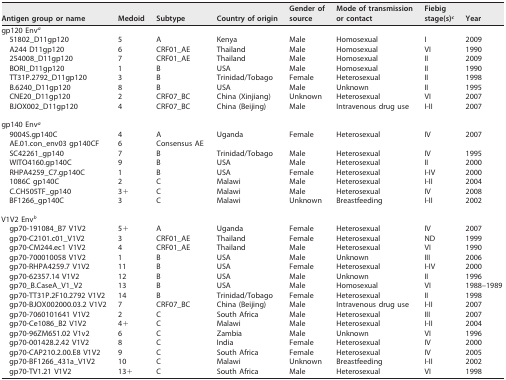
<table><thead><tr><td><b>Antigen group or name</b></td><td><b>Medoid</b></td><td><b>Subtype</b></td><td><b>Country of origin</b></td><td><b>Gender of source</b></td><td><b>Mode of transmission or contact</b></td><td><b>Fiebig stage(s)<sup><i>c</i></sup></b></td><td><b>Year</b></td></tr></thead><tbody><tr><td>gp120 Env<sup><i>a</i></sup></td><td></td><td></td><td></td><td></td><td></td><td></td><td></td></tr><tr><td>51802_D11gp120</td><td>5</td><td>A</td><td>Kenya</td><td>Male</td><td>Homosexual</td><td>I</td><td>2009</td></tr><tr><td>A244 D11gp120</td><td>6</td><td>CRF01_AE</td><td>Thailand</td><td>Male</td><td>Homosexual</td><td>VI</td><td>1990</td></tr><tr><td>254008_D11gp120</td><td>7</td><td>CRF01_AE</td><td>Thailand</td><td>Male</td><td>Homosexual</td><td>II</td><td>2009</td></tr><tr><td>BORI_D11gp120</td><td>1</td><td>B</td><td>USA</td><td>Male</td><td>Homosexual</td><td>II</td><td>1990</td></tr><tr><td>TT31P.2792_D11gp120</td><td>3</td><td>B</td><td>Trinidad/Tobago</td><td>Female</td><td>Heterosexual</td><td>II</td><td>1998</td></tr><tr><td>B.6240_D11gp120</td><td>8</td><td>B</td><td>USA</td><td>Male</td><td>Unknown</td><td>II</td><td>1995</td></tr><tr><td>CNE20_D11gp120</td><td>2</td><td>CRF07_BC</td><td>China (Xinjiang)</td><td>Unknown</td><td>Heterosexual</td><td>VI</td><td>2007</td></tr><tr><td>BJOX002_D11gp120</td><td>4</td><td>CRF07_BC</td><td>China (Beijing)</td><td>Male</td><td>Intravenous drug use</td><td>I-II</td><td>2007</td></tr><tr><td>gp140 Env<sup><i>a</i></sup></td><td></td><td></td><td></td><td></td><td></td><td></td><td></td></tr><tr><td>9004S.gp140C</td><td>4</td><td>A</td><td>Uganda</td><td>Female</td><td>Heterosexual</td><td>IV</td><td>2007</td></tr><tr><td>AE.01.con_env03 gp140CF</td><td>6</td><td>Consensus AE</td><td></td><td></td><td></td><td></td><td></td></tr><tr><td>SC42261_gp140</td><td>7</td><td>B</td><td>Trinidad/Tobago</td><td>Male</td><td>Heterosexual</td><td>IV</td><td>1995</td></tr><tr><td>WITO4160.gp140C</td><td>9</td><td>B</td><td>USA</td><td>Male</td><td>Heterosexual</td><td>II</td><td>2000</td></tr><tr><td>RHPA4259_C7.gp140C</td><td>1</td><td>B</td><td>USA</td><td>Female</td><td>Heterosexual</td><td>I-IV</td><td>2000</td></tr><tr><td>1086C gp140C</td><td>2</td><td>C</td><td>Malawi</td><td>Male</td><td>Heterosexual</td><td>I-II</td><td>2004</td></tr><tr><td>C.CH505TF_gp140</td><td>3+</td><td>C</td><td>Malawi</td><td>Male</td><td>Heterosexual</td><td>IV</td><td>2008</td></tr><tr><td>BF1266_gp140C</td><td>3</td><td>C</td><td>Malawi</td><td>Unknown</td><td>Breastfeeding</td><td>I-II</td><td>2002</td></tr><tr><td>V1V2 Env<sup><i>b</i></sup></td><td></td><td></td><td></td><td></td><td></td><td></td><td></td></tr><tr><td>gp70-191084_B7 V1V2</td><td>5+</td><td>A</td><td>Uganda</td><td>Female</td><td>Heterosexual</td><td>IV</td><td>2007</td></tr><tr><td>gp70-C2101.c01_V1V2</td><td>3</td><td>CRF01_AE</td><td>Thailand</td><td>Female</td><td>Heterosexual</td><td>ND</td><td>1999</td></tr><tr><td>gp70-CM244.ec1 V1V2</td><td>4</td><td>CRF01_AE</td><td>Thailand</td><td>Male</td><td>Heterosexual</td><td>VI</td><td>1990</td></tr><tr><td>gp70-700010058 V1V2</td><td>1</td><td>B</td><td>USA</td><td>Male</td><td>Unknown</td><td>III</td><td>2006</td></tr><tr><td>gp70-RHPA4259.7 V1V2</td><td>11</td><td>B</td><td>USA</td><td>Female</td><td>Heterosexual</td><td>I-IV</td><td>2000</td></tr><tr><td>gp70-62357.14 V1V2</td><td>12</td><td>B</td><td>USA</td><td>Male</td><td>Unknown</td><td>II</td><td>1996</td></tr><tr><td>gp70_B.CaseA_V1_V2</td><td>13</td><td>B</td><td>USA</td><td>Male</td><td>Homosexual</td><td>VI</td><td>1988–1989</td></tr><tr><td>gp70-TT31P.2F10.2792 V1V2</td><td>14</td><td>B</td><td>Trinidad/Tobago</td><td>Female</td><td>Heterosexual</td><td>II</td><td>1998</td></tr><tr><td>gp70-BJOX002000.03.2 V1V2</td><td>7</td><td>CRF07_BC</td><td>China (Beijing)</td><td>Male</td><td>Intravenous drug use</td><td>I-II</td><td>2007</td></tr><tr><td>gp70-7060101641 V1V2</td><td>2</td><td>C</td><td>South Africa</td><td>Male</td><td>Heterosexual</td><td>III</td><td>2007</td></tr><tr><td>gp70-Ce1086_B2 V1V2</td><td>4+</td><td>C</td><td>Malawi</td><td>Male</td><td>Heterosexual</td><td>I-II</td><td>2004</td></tr><tr><td>gp70-96ZM651.02 V1v2</td><td>6</td><td>C</td><td>Zambia</td><td>Male</td><td>Unknown</td><td>VI</td><td>1996</td></tr><tr><td>gp70-001428.2.42 V1V2</td><td>8</td><td>C</td><td>India</td><td>Female</td><td>Heterosexual</td><td>IV</td><td>2000</td></tr><tr><td>gp70-CAP210.2.00.E8 V1V2</td><td>9</td><td>C</td><td>South Africa</td><td>Female</td><td>Heterosexual</td><td>IV</td><td>2005</td></tr><tr><td>gp70-BF1266_431a_V1V2</td><td>10</td><td>C</td><td>Malawi</td><td>Unknown</td><td>Breastfeeding</td><td>I-II</td><td>2002</td></tr><tr><td>gp70-TV1.21 V1V2</td><td>13+</td><td>C</td><td>South Africa</td><td>Male</td><td>Heterosexual</td><td>VI</td><td>1998</td></tr></tbody></table>